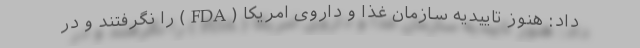
داد: هنوز تاییدیه سازمان غذا و داروی امریکا (FDA) را نگرفتند و در